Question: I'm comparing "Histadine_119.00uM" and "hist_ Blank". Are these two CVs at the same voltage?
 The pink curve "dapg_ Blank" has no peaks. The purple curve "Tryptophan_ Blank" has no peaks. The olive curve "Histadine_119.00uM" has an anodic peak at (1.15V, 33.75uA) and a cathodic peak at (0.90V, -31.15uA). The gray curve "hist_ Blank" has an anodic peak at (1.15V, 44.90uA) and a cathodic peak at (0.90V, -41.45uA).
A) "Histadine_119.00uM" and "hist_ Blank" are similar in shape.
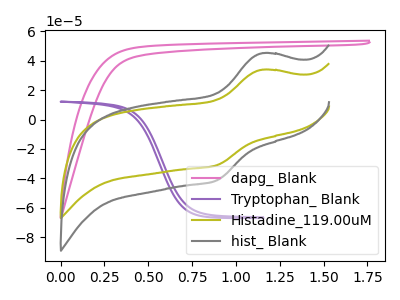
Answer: <think>All the peaks in "Histadine_119.00uM" have a peak in "hist_ Blank" at the same potential. Every peak in "Histadine_119.00uM" is lower than every peak in "hist_ Blank".
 </think>
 <answer>A) "Histadine_119.00uM" and "hist_ Blank" are similar in shape.</answer>
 <eval>A</eval>